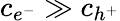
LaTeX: c_{e^{-}}\gg c_{h^{+}}